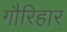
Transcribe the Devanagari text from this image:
गौरिहार